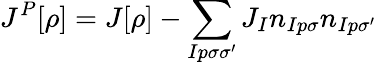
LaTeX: J^{P}[\rho]=J[\rho]-\sum_{Ip\sigma\sigma^{\prime}}J_{I}n_{Ip\sigma}n_{Ip\sigma^{\prime}}